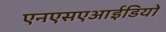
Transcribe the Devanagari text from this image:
एनएसएआईडियों